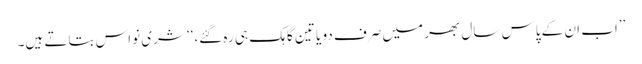
’’اب ان کے پاس سال بھر میں صرف دو یا تین گاہک ہی رہ گئے،‘‘ شری نواس بتاتے ہیں۔